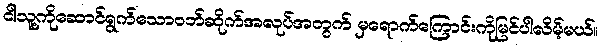
ငါသူ့ကိုဆောင်ရွက်သောဝဘ်ဆိုက်အလုပ်အတွက် မှရောက်ကြောင်းကိုမြင်ပါလိမ့်မယ်။